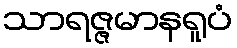
သာရဇ္ဇမာနရူပံ